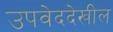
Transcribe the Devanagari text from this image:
उपवेददेखील